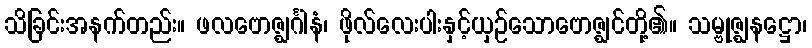
သိခြင်းအနက်တည်း။ ဖလဗောဇ္ဈင်္ဂါနံ၊ ဖိုလ်လေးပါးနှင့်ယှဉ်သောဗောဇ္ဈင်တို့၏။ သမ္ဗုဇ္ဈနဋ္ဌော၊